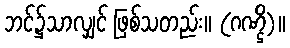
ဘင်၌သာလျှင် ဖြစ်သတည်း။ (ဂဏ္ဌိ)။